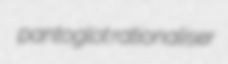
pantoglot rationaliser